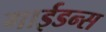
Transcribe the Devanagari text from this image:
गाईडन्स